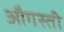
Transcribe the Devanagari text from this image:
औगस्ती